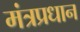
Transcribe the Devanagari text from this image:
मंत्रप्रधान